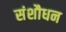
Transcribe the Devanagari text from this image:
संशौधन